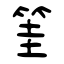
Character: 筀